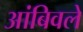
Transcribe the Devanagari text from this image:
आंबिवले